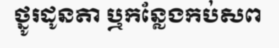
ថ្នូរដូនតា ឬកន្លែងកប់សព